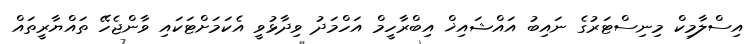
އިސްލާމިކް މިނިސްޓަރުގެ ނައިބު އައްޝައިޚް އިބްރާހީމް އަހްމަދު ވިދާޅުވީ އެކަމަށްޓަކައި ވާންޖެހޭ ތައްޔާރީތައް